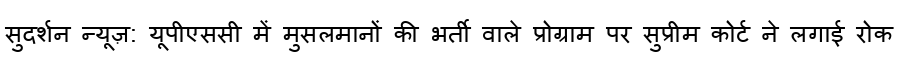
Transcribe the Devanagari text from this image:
सुदर्शन न्यूज़: यूपीएससी में मुसलमानों की भर्ती वाले प्रोग्राम पर सुप्रीम कोर्ट ने लगाई रोक